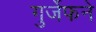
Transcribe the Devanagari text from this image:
गुर्जेफने